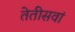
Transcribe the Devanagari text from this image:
तेतीसवां